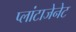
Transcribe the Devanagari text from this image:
प्लांटाजेनेट